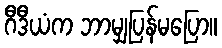
ဂီဒီယံက ဘာမျှပြန်မပြော။